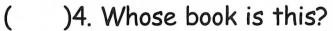
()4. Whose book is this?